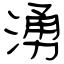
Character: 湧